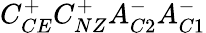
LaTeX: C_{CE}^{+}C_{NZ}^{+}A_{C2}^{-}A_{C1}^{-}